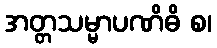
အတ္တသမ္မာပဏိဓိ စ၊